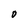
Character: D